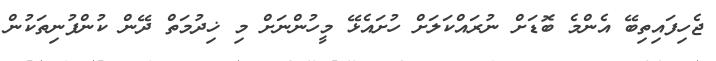
ޖެހިފައިތިބޭ އެންމެ ބޮޑަށް ނުރައްކަލަށް ހުށައެޅޭ މީހުންނަށް މި ޚިދުމަތް ދޭން ކުންފުނިތަކުން